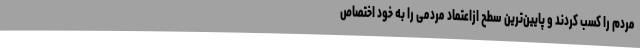
مردم را کسب کردند و پایین‌ترین سطح ازاعتماد مردمی را به خود اختصاص